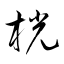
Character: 桄